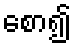
စော၍